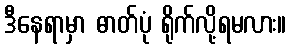
ဒီနေရာမှာ ဓာတ်ပုံ ရိုက်လို့ရမလား။